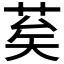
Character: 𦮸